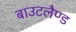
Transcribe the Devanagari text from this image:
बाउटलैण्ड